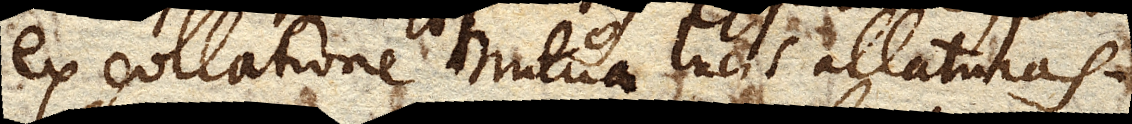
ex collatione mutua lucis allaturas.